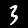
Digit: 3